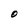
Character: O